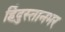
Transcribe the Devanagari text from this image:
हिंदुस्तानभर